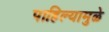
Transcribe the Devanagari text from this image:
पाहिल्यामुळे